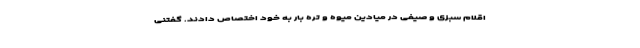
اقلام سبزی و صیفی در میادین میوه و تره بار به خود اختصاص دادند. گفتنی